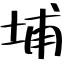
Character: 埔